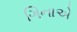
ગિનાએ